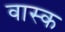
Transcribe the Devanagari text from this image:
वास्क